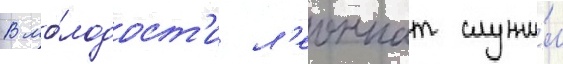
В мо́лодост'и л'еоннат служи́л